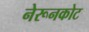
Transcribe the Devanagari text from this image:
नेरूनकोट